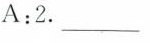
A:2.___